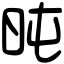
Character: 旽